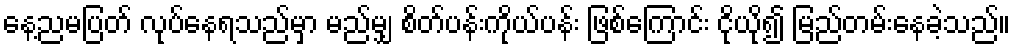
နေ့ညမပြတ် လုပ်နေရသည်မှာ မည်မျှ စိတ်ပန်းကိုယ်ပန်း ဖြစ်ကြောင်း ငိုယို၍ မြည်တမ်းနေခဲ့သည်။